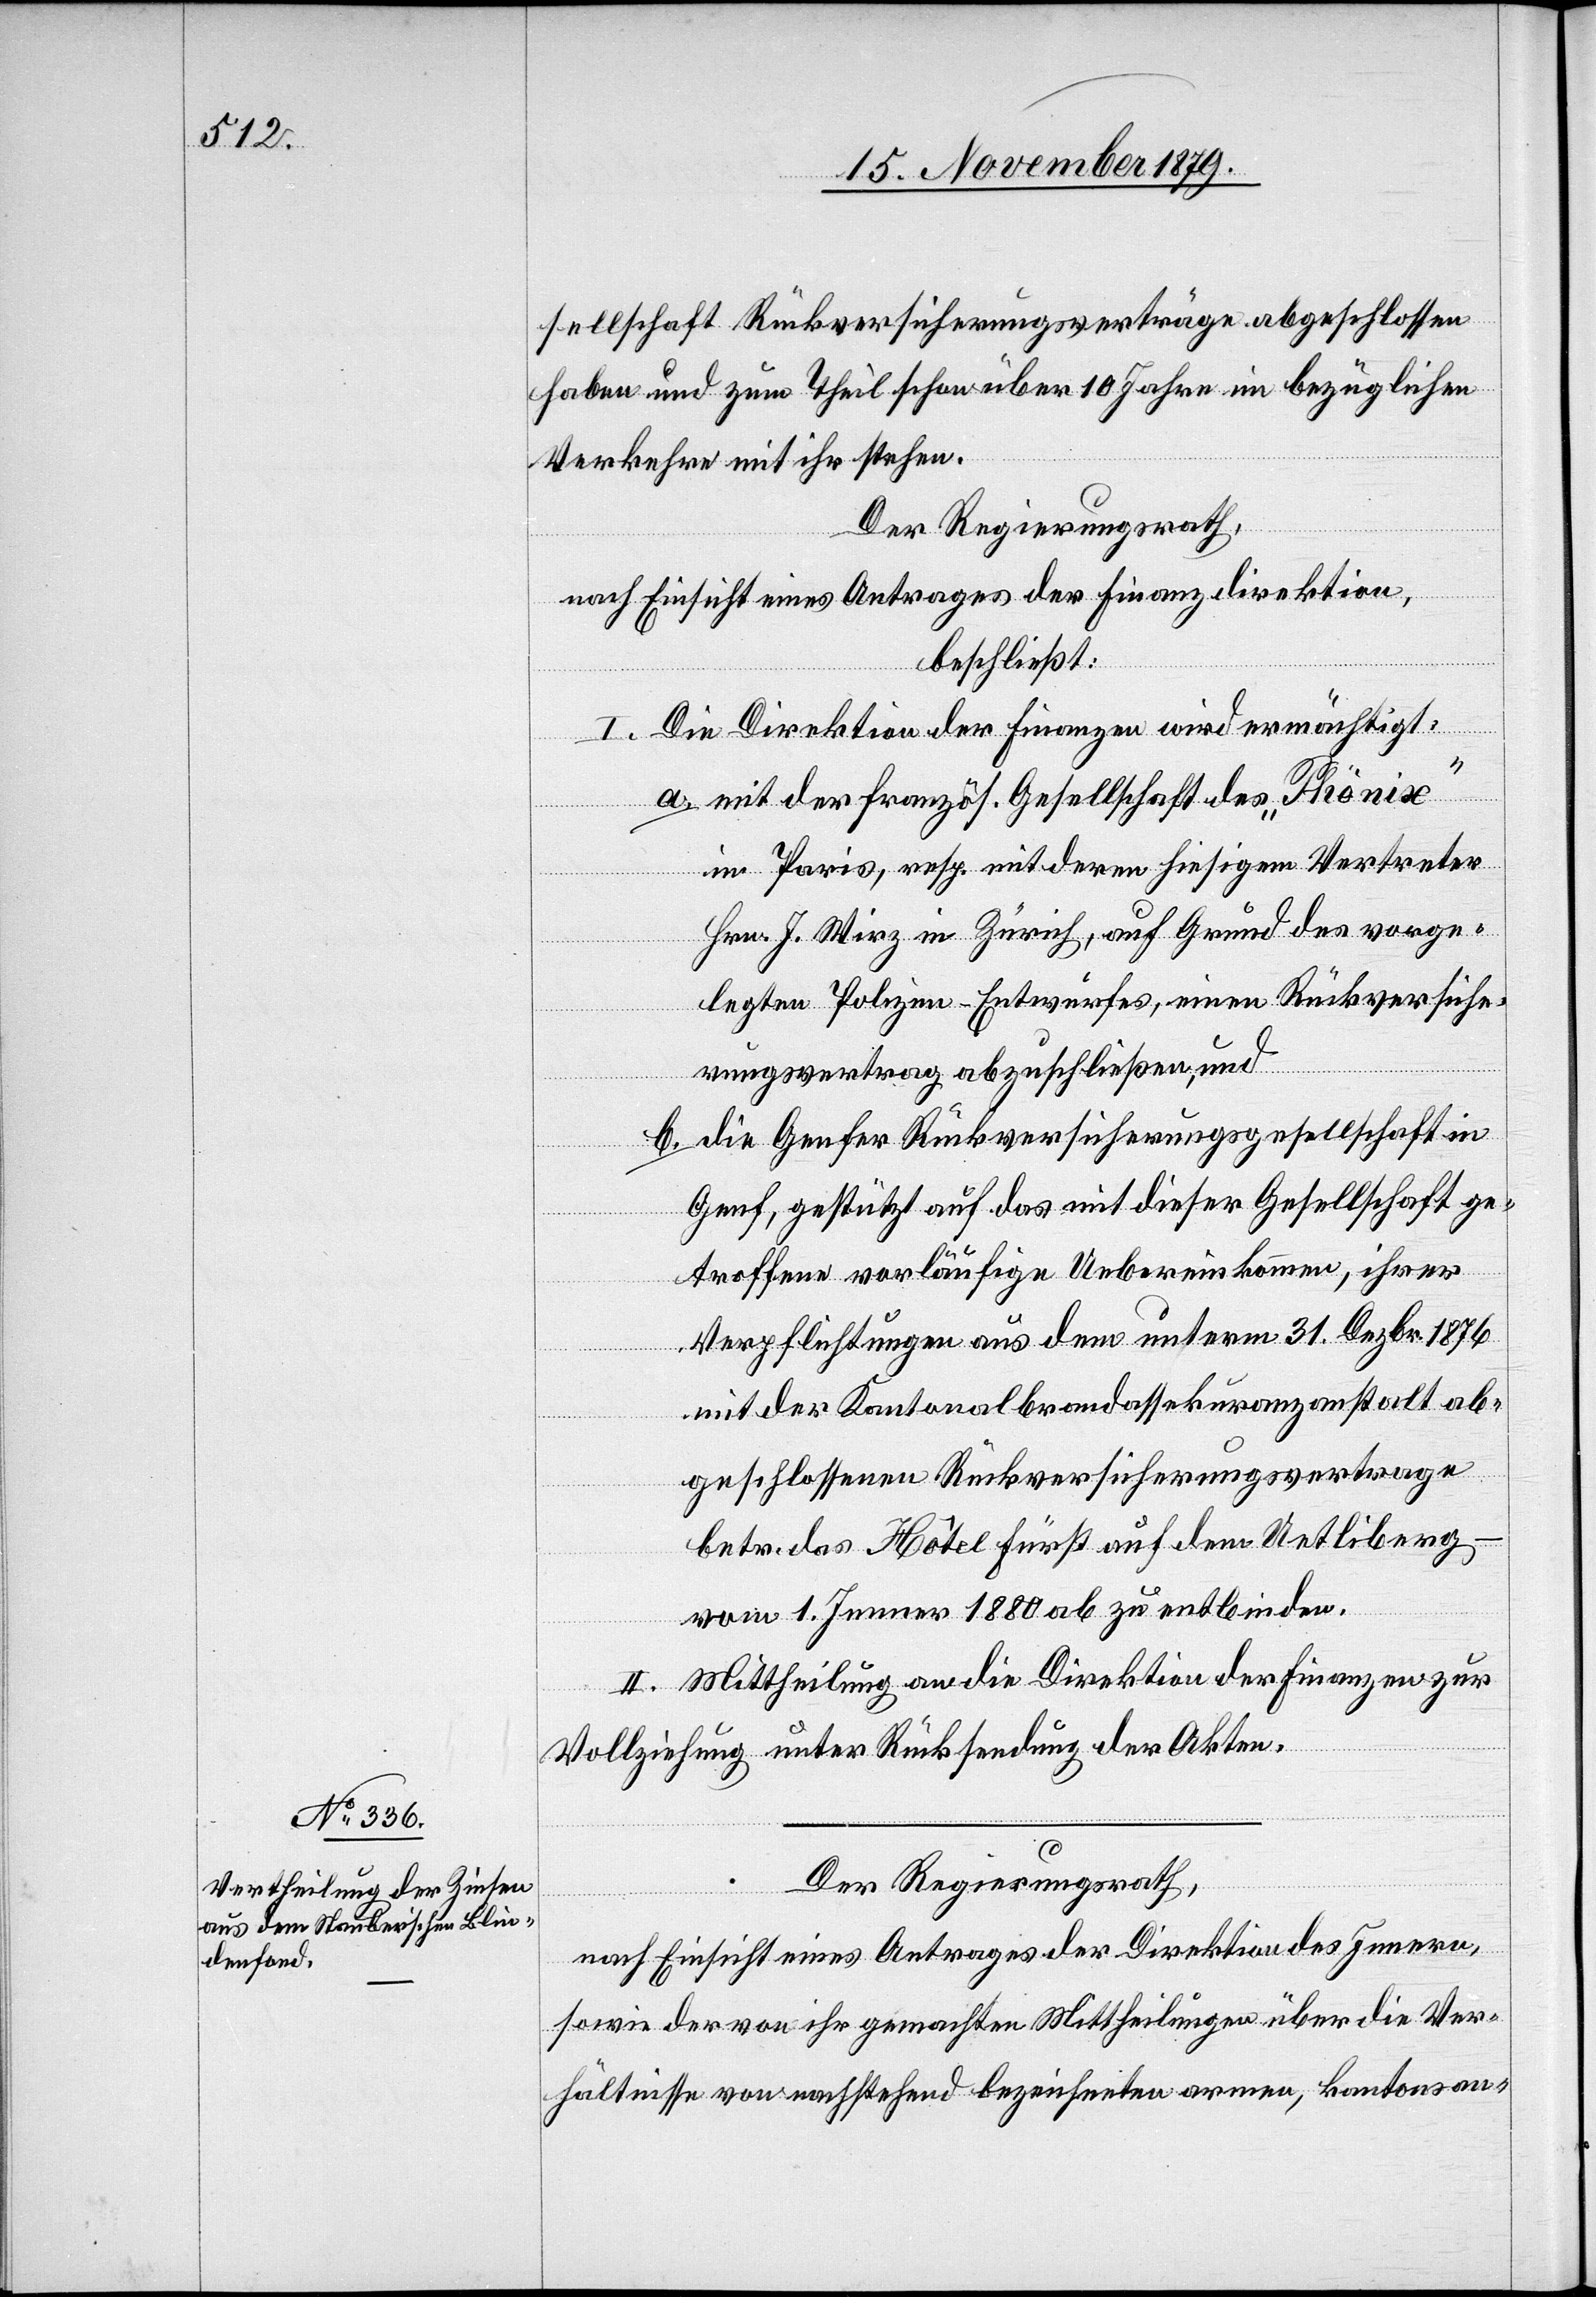
sellschaft Rückversicherungsverträge abgeschlossen
haben und zum Theil schon über 10 Jahre im bezüglichen
Verkehre mit ihr stehen.
Der Regierungsrath,
nach Einsicht eines Antrages der Finanzdirektion,
beschließt:
I. Die Direktion der Finanzen wird ermächtigt:
a. mit der französ. Gesellschaft des „Phönix“
in Paris, resp. mit deren hiesigem Vertreter
Hrn. J. Wirz in Zürich, auf Grund des vorge¬
legten Polizen-Entwurfes, einen Rückversiche¬
rungsvertrag abzuschließen, und
b. die Genfer Rückversicherungsgesellschaft in
Genf, gestützt auf das mit dieser Gesellschaft ge¬
troffene vorläufige Uebereinkommen, ihrer
Verpflichtungen aus dem unterm 31. Dezbr. 1876
mit der Kantonalbrandassekuranzanstalt ab¬
geschlossenen Rückversicherungsvertrage
betr. des Hôtel Fürst auf dem Uetliberg
vom 1. Jenner 1880 zu entbinden.
II. Mittheilung an die Direktion der Finanzen zur
Vollziehung unter Rücksendung der Akten.
Der Regierungsrath,
nach Einsicht eines Antrages der Direktion des Innern,
sowie der von ihr gemachten Mittheilungen über die Ver¬
hältnisse von nachstehend bezeichneten armen, kantonsan-